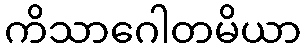
ကိသာဂေါတမိယာ